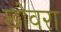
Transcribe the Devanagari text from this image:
छोवरा